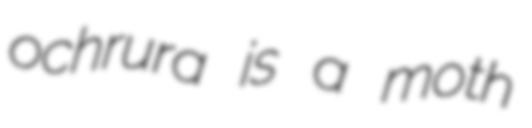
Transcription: ochrura is a moth